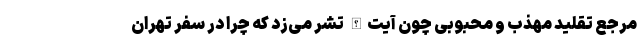
مرجع تقلید مهذب و محبوبی چون آیت‌الله تشر می‌زد که چرا در سفر تهران